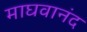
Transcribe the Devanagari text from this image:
माघवानंद